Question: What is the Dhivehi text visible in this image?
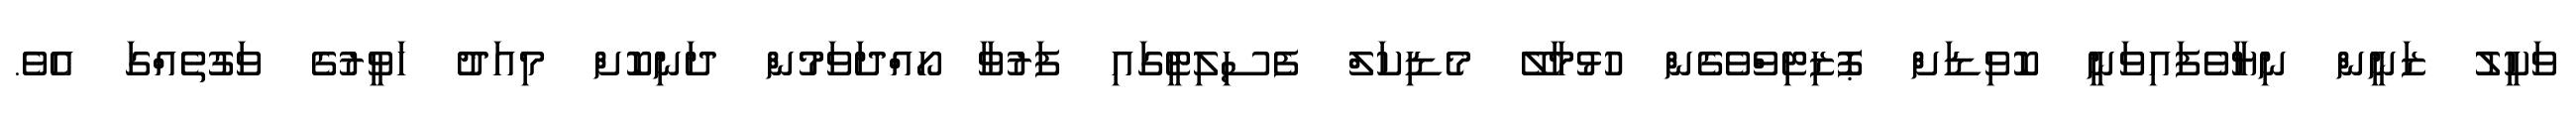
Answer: ވަކީލު ޒަނީން ނިޔާވެފައިވަނީ ކޮވިޑަށް ޕޮޒިޓިވްވެގެން ހުޅުމާލޭ މެޑިކަލް ފެސިލިޓީގައި ފަރުވާ ހޯއްދަވަމުން ދަނިކޮށް މިއަދު ހަވީރުގެ ވަގުތެއްގަ އެވެ.